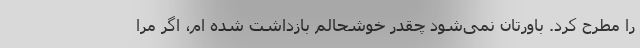
را مطرح کرد. باورتان نمی‌شود چقدر خوشحالم بازداشت شده ام، اگر مرا